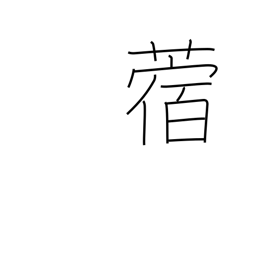
Meaning: clover